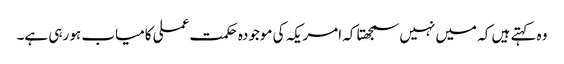
وہ کہتے ہیں کہ میں نہیں سمجھتا کہ امریکہ کی موجودہ حکمت عملی کامیاب ہو رہی ہے۔